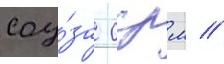
соу́за сср м //